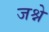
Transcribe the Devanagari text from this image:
जश्ने